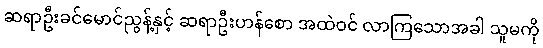
ဆရာဦးခင်မောင်ညွန့်နှင့် ဆရာဦးဟန်စော အထဲဝင် လာကြသောအခါ သူမကို